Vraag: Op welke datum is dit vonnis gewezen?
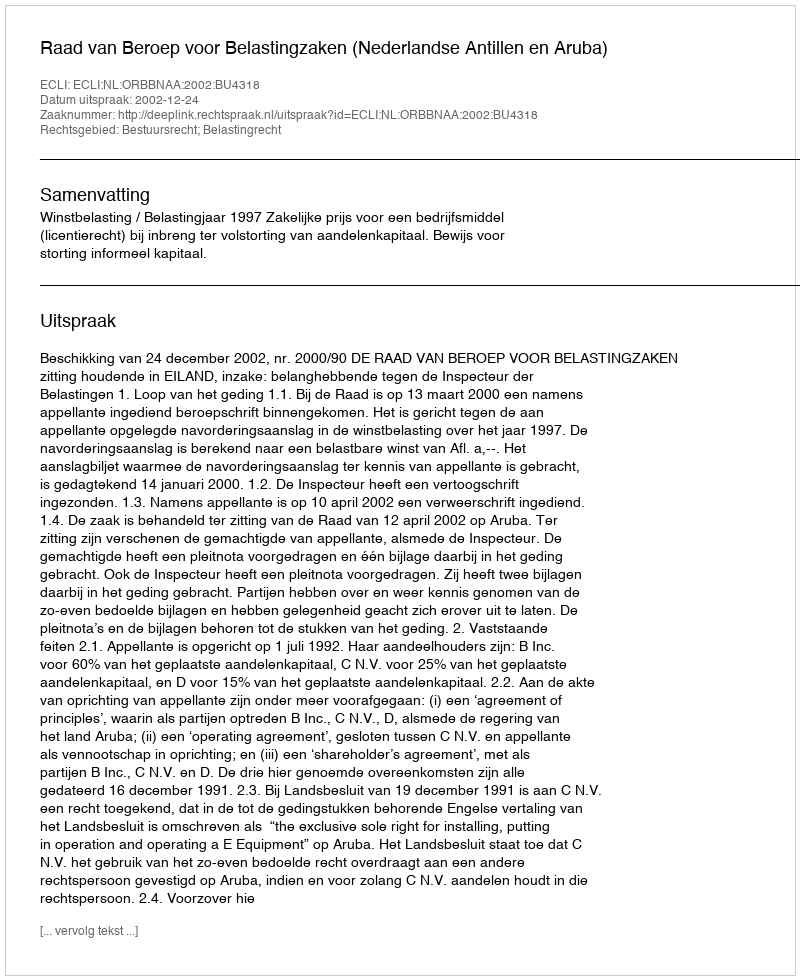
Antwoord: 2002-12-24